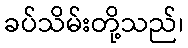
ခပ်သိမ်းတို့သည်၊